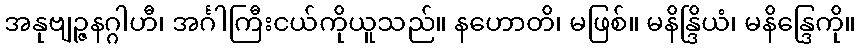
အနုဗျဉ္ဇနဂ္ဂါဟီ၊ အင်္ဂါကြီးငယ်ကိုယူသည်။ နဟောတိ၊ မဖြစ်။ မနိန္ဒြိယံ၊ မနိန္ဒြေကို။